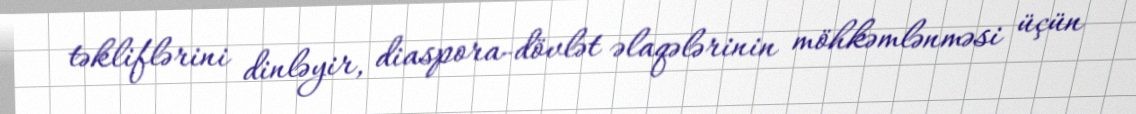
təkliflərini dinləyir, diaspora-dövlət əlaqələrinin möhkəmlənməsi üçün